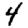
Digit: 4